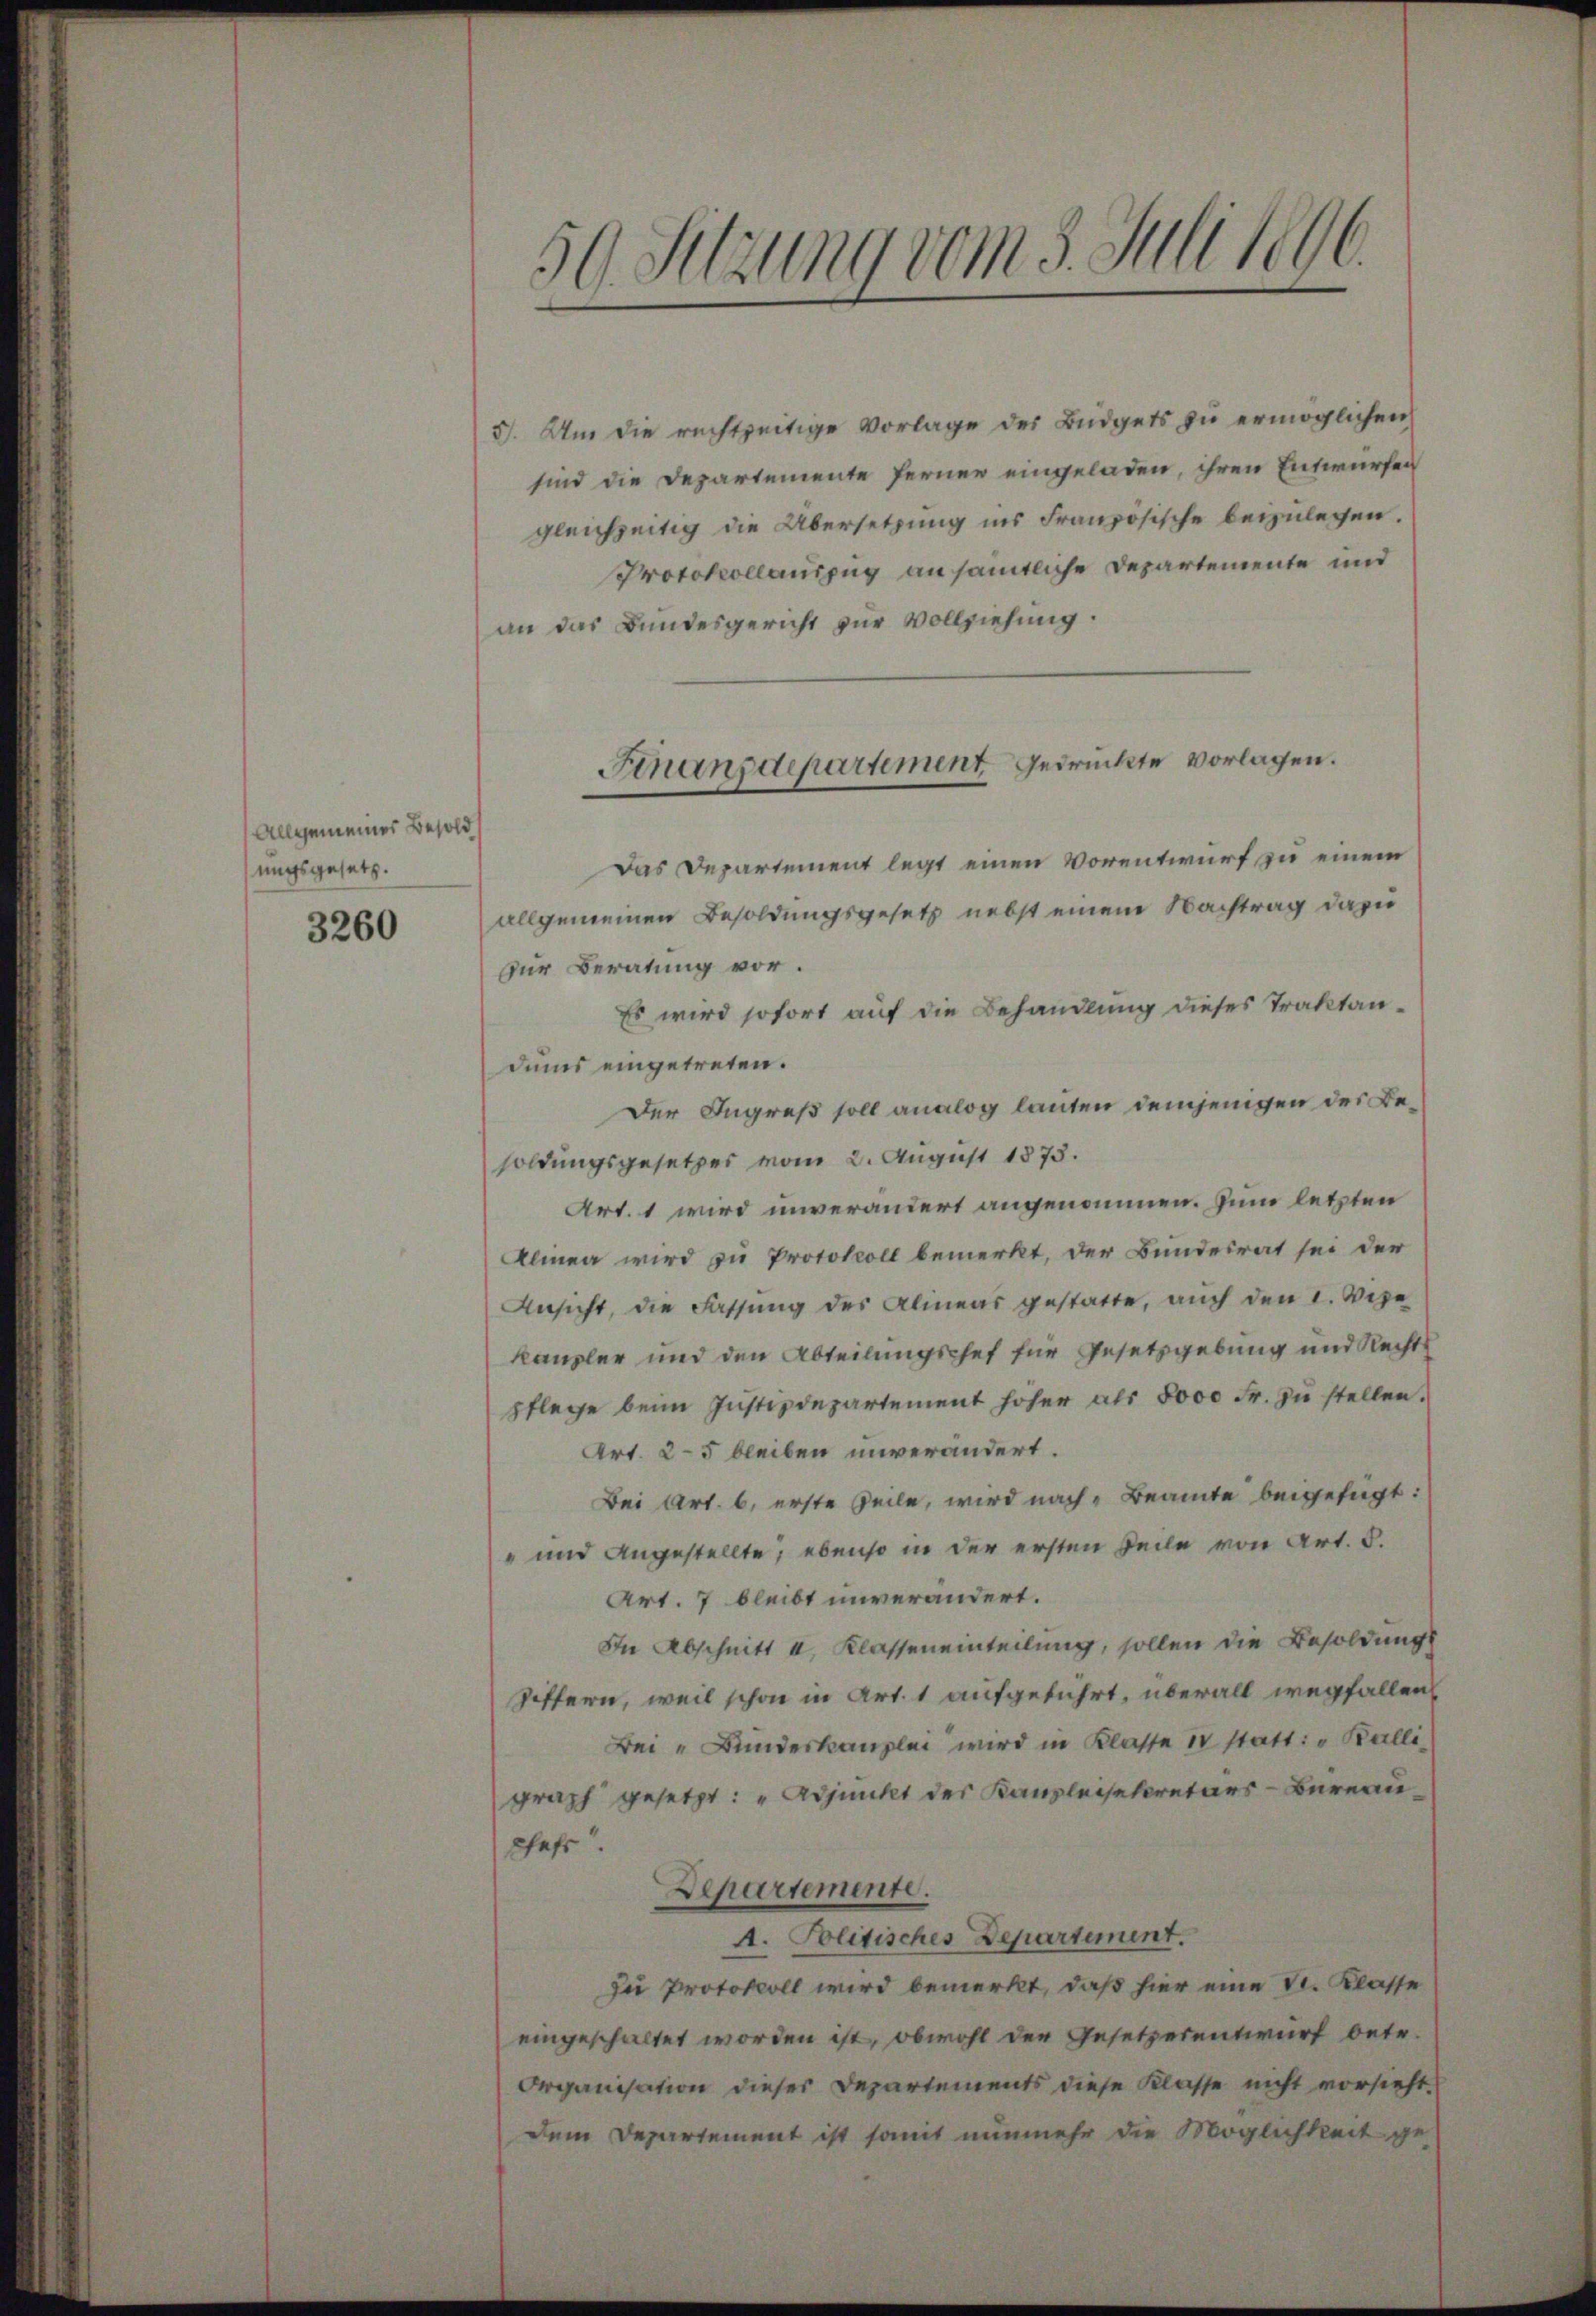
Allgemeines Besold
ungsgesetz.

3260

3. Um die rechtzeitige Vorlage des Büdgets zu ermöglichen
sind die Departemente ferner eingeladen, ihren Entwürfen
gleichzeitig die Übersetzung ins Französische beizulegen.
Protokollauszug an sämtliche Departemente und
an das Bundesgericht zur Vollziehung.
Das Departement legt einen Vorentwurf zu einem
allgemeinen Besoldungsgesetz nebst einem Nachtrag dazu
zur Beratung vor.
Es wird sofort auf die Behandlung dieses Traktandums eingetreten.
Der Ingreß soll analog lauten demjenigen des Besoldungsgesetzes vom 2. August 1873.
Art. 1 wird unverändert angenommen. Zum letzten
Alinea wird zu Protokoll bemerkt, der Bundesrat sei der
Ansicht, die Fassung des Alinear gestatte, auch den I. Deze
kanzler und den Abteilungschef für Gesetzgebung und Rechts
pflege beim Justizdepartement hoher als 8000 Fr. zŭ stellen.
Art. 25 bleiben unverändert.
Bei Art. 6. erste Zeile, wird nach Beamte beigefügt:
" und angestellte, ebenso in der ersten Teile von Art. 5.
Art. 7 bleibt unverändert.
In Abschnitt I. Klasseneinteilung, sollen die Besoldungs
Siffern, weil schon in Art. 1 aufgeführt, überall wegfallen
Bei „Bundeskanzlei wird in Klasse 1 statt. v. Balli
graph gesetzt: "Adjunkt des Kanzleisekretärs-Bureau
chaft.
Departemente.
1. Politisches Departement.
Zu Protokoll wird bemerkt, daß hier eine St. Klasse
eingeschaltet worden ist, obwohl der Gesetzesentwurf betr.
Organisation dieser Departements diese Klasse nicht vorsicht
dem Departement ist somit nunmehr die Möglichkeit ge-

50. Sitzung vom 3. Juli 1896.

Finanzdepartement gedruckte vorlagen.